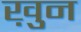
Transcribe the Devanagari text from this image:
ख़ुन